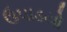
ઉપાડયો